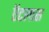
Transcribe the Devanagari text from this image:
ऍटलास